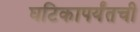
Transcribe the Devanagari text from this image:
घटिकापर्यंतची